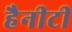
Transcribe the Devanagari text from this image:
हैनीटी